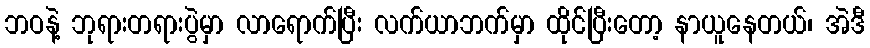
ဘဝနဲ့ ဘုရားတရားပွဲမှာ လာရောက်ပြီး လက်ယာဘက်မှာ ထိုင်ပြီးတော့ နာယူနေတယ်၊ အဲဒီ